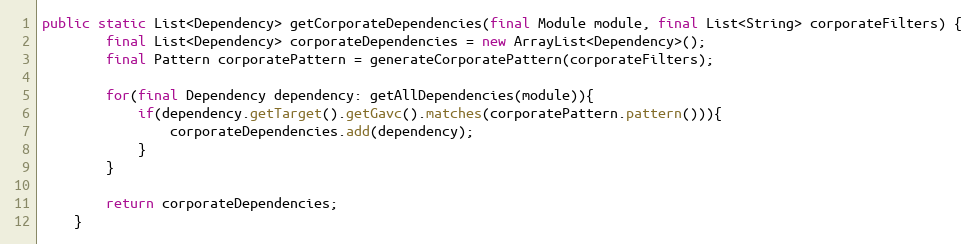
Language: Java
public static List<Dependency> getCorporateDependencies(final Module module, final List<String> corporateFilters) {
        final List<Dependency> corporateDependencies = new ArrayList<Dependency>();
        final Pattern corporatePattern = generateCorporatePattern(corporateFilters);

        for(final Dependency dependency: getAllDependencies(module)){
            if(dependency.getTarget().getGavc().matches(corporatePattern.pattern())){
                corporateDependencies.add(dependency);
            }
        }

        return corporateDependencies;
    }